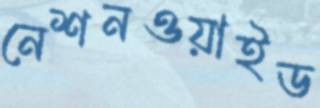
নেশনওয়াইড